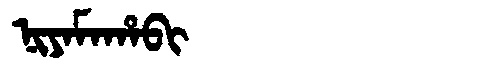
Manchu: ᠨᡳᠶᠠᠮᠠᡥᠠᠪᡳ
Romanization: NIYAMAHABI